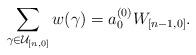
LaTeX: \begin{align*}\sum_{\gamma\in\mathcal{U}_{[n,0]}}w(\gamma)=a_{0}^{(0)} W_{[n-1,0]}.\end{align*}